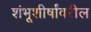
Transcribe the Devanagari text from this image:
शंभूशीर्षांवरील